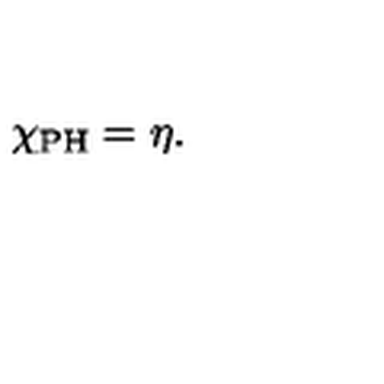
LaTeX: \chi _ { \mathrm { P H } } = \eta .